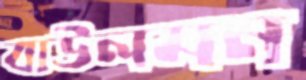
বাউলমন